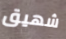
شهيق